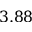
3 . 8 8